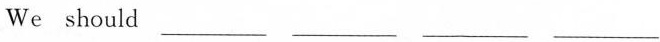
We should ___ ___ ___ ___